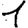
Digit: 1